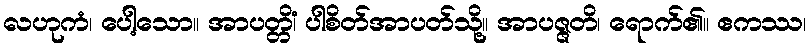
လဟုကံ၊ ပေါ့သော။ အာပတ္တိံ၊ ပါစိတ်အာပတ်သို့။ အာပဇ္ဇတိ၊ ရောက်၏။ ဧကဿ၊